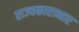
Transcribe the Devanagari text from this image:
राज्यकाराभार